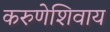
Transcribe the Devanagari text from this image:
करुणेशिवाय